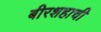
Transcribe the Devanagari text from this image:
बीरशहाची